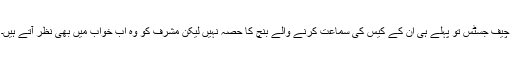
چیف جسٹس تو پہلے ہی ان کے کیس کی سماعت کرنے والے بنچ کا حصہ نہیں لیکن مشرف کو وہ اب خواب میں بھی نظر آتے ہیں۔